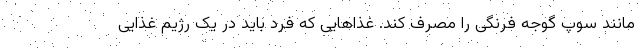
مانند سوپ گوجه فرنگی را مصرف کند. غذاهایی که فرد باید در یک رژیم غذایی